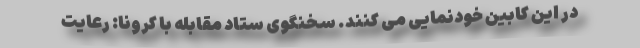
در این کابین خودنمایی می کنند. سخنگوی ستاد مقابله با کرونا: رعایت